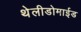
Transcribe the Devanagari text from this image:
थेलीडोमाईड